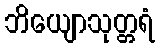
ဘိယျောသုတ္တရံ